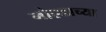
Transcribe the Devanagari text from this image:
नोएडाच्या